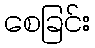
စေခြင်း